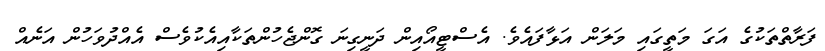
ފަރާތްތަކުގެ އަގަ މަތީގައި މަލަން އަޅާފައެވެ. އެސްޓީއޯއިން ދަނީގިނަ ގޮންޖެހުންތަކާއިއެކުވެސް އެއްދުވަހުން އަނެއް